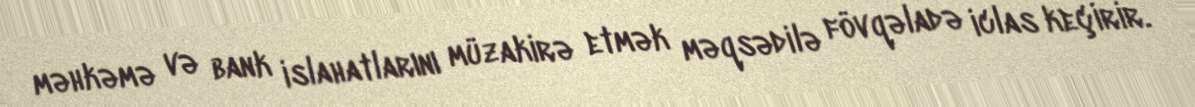
məhkəmə və bank islahatlarını müzakirə etmək məqsədilə fövqəladə iclas keçirir.